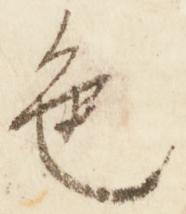
色